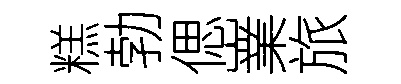
糕勃偲嶪旅